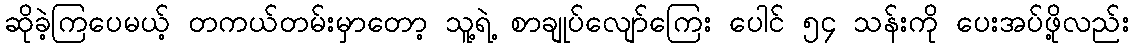
ဆိုခဲ့ကြပေမယ့် တကယ်တမ်းမှာတော့ သူ့ရဲ့ စာချုပ်လျော်ကြေး ပေါင် ၅၄ သန်းကို ပေးအပ်ဖို့လည်း